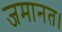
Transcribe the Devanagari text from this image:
जमानत।